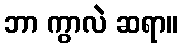
ဘာ ကွာလဲ ဆရာ။